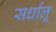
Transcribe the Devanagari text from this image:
सर्धालू